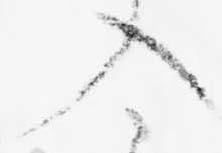
入